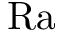
\mathrm { R a }